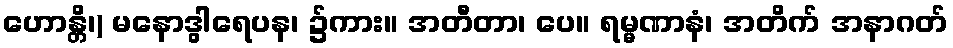
ဟောန္တိ၊) မနောဒွါရေပန၊ ၌ကား။ အတီတာ၊ ပေ။ ရမ္မဏာနံ၊ အတိက် အနာဂတ်